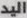
اليد